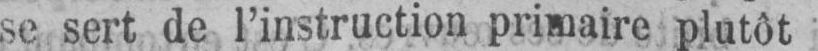
se sert de l’instruction primaire plutôt